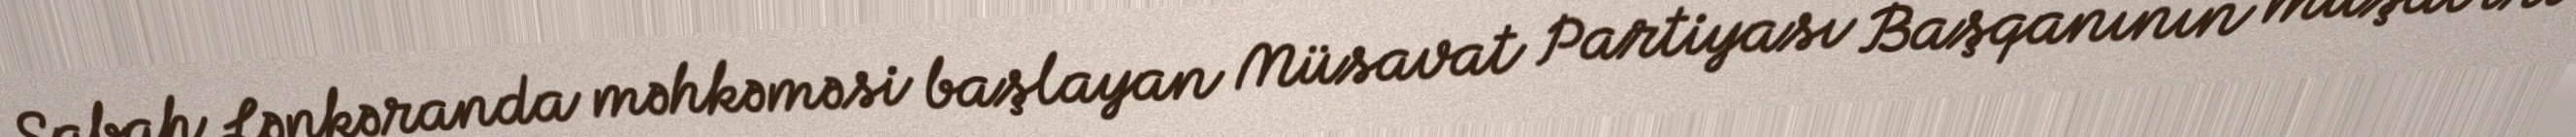
Sabah Lənkəranda məhkəməsi başlayan Müsavat Partiyası Başqanının müşaviri